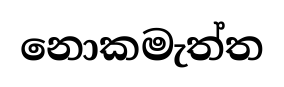
නොකමැත්ත